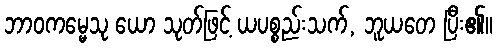
ဘာဝကမ္မေသု ယော သုတ်ဖြင့် ယပစ္စည်းသက်, ဘူယတေ ပြီး၏။